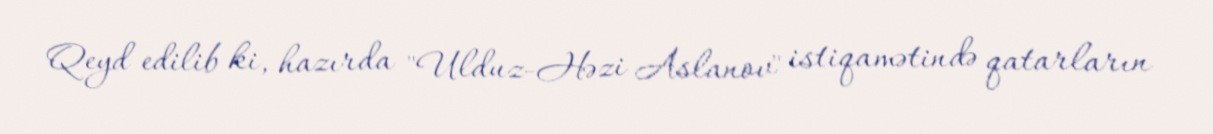
Qeyd edilib ki, hazırda "Ulduz-Həzi Aslanov" istiqamətində qatarların